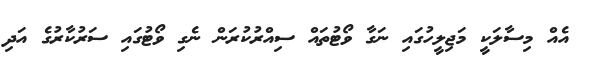
އެއް މިސާލަކީ މަޖިލީހުގައި ނަގާ ވޯޓުތައް ސިއްރުކުރަން ނެގި ވޯޓުގައި ސަރުކާރުގެ އަދި